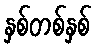
နှစ်တစ်နှစ်